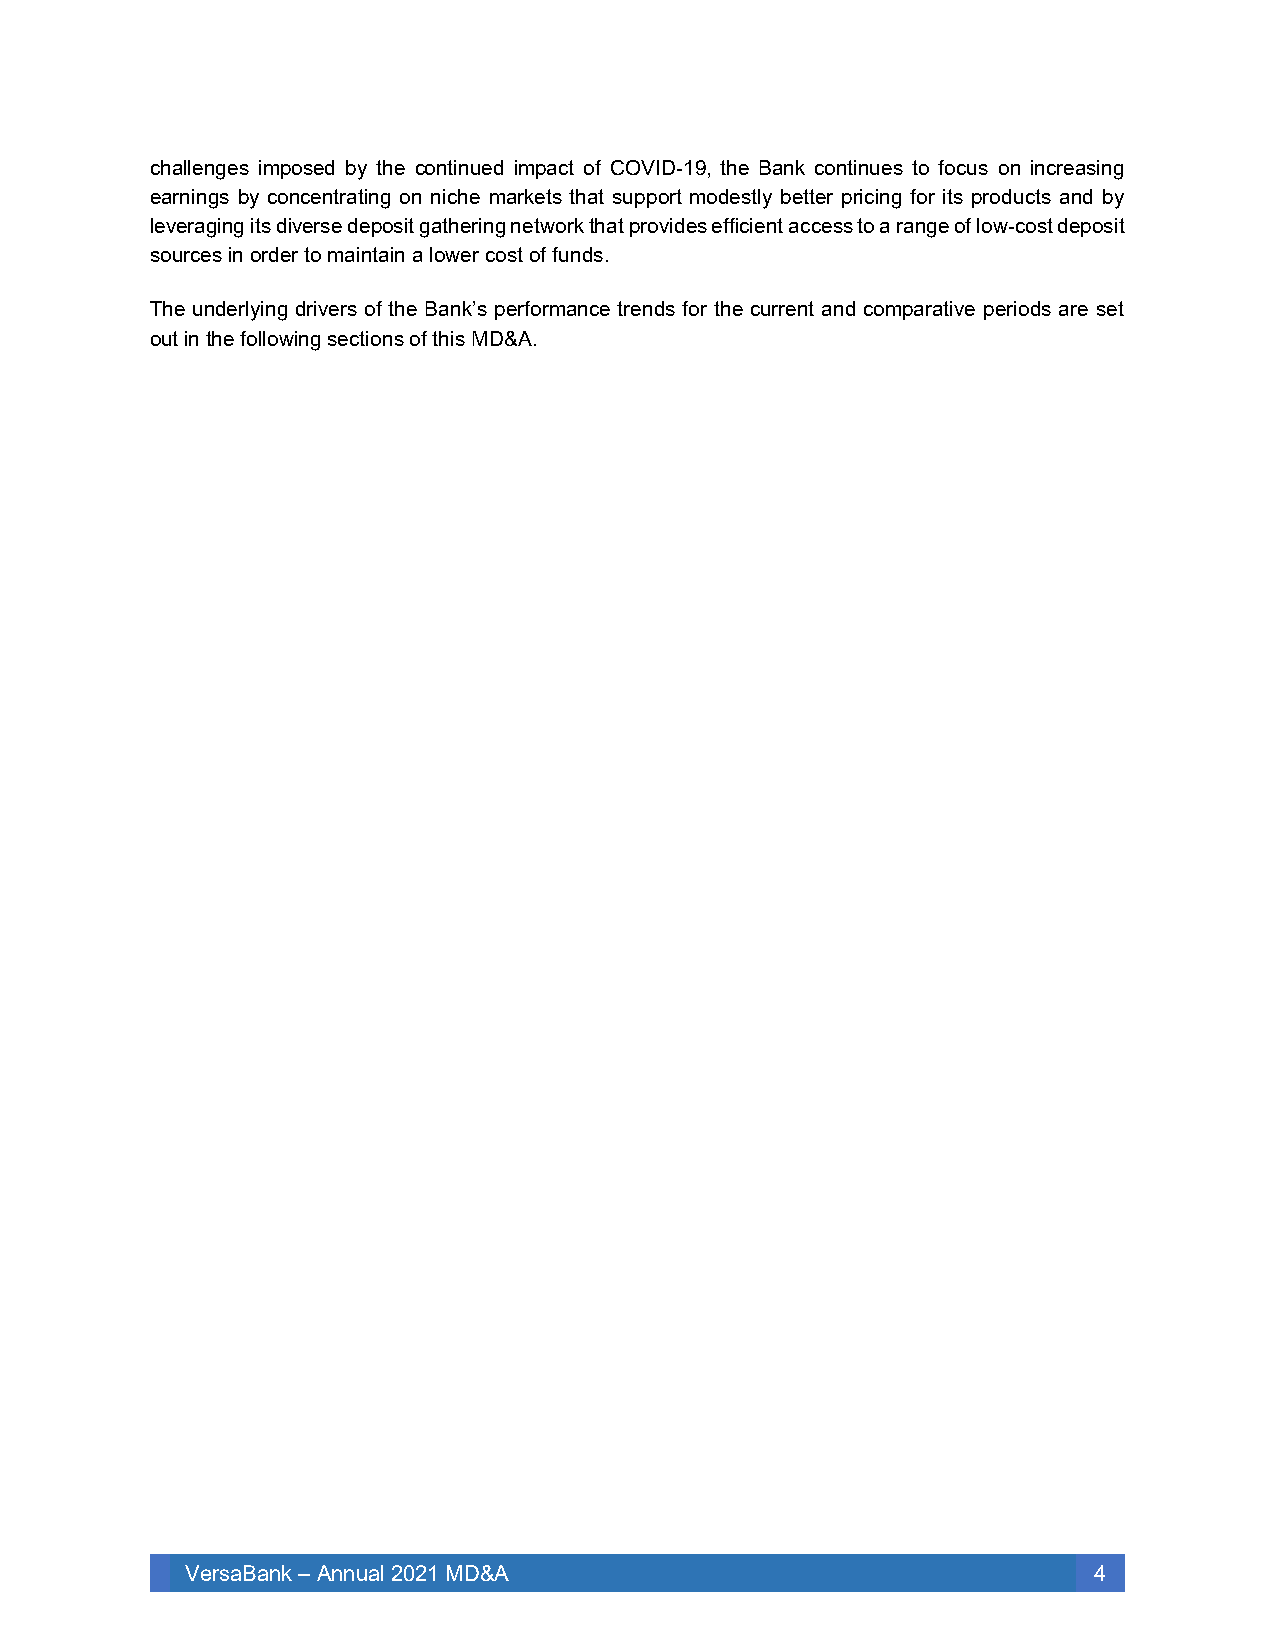
challenges imposed by the continued impact of COVID-19, the Bank continues to focus on increasing
 earnings by concentrating on niche markets that support modestly better pricing for its products and by
 leveraging its diverse deposit gathering network that provides efficient access to a range of low-cost deposit
 sources in order to maintain a lower cost of funds.
 The underlying drivers of the Bank’s performance trends for the current and comparative periods are set
 out in the following sections of this MD&A.
 VersaBank – Annual 2021 MD&A                                4